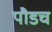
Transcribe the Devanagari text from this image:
पौडच